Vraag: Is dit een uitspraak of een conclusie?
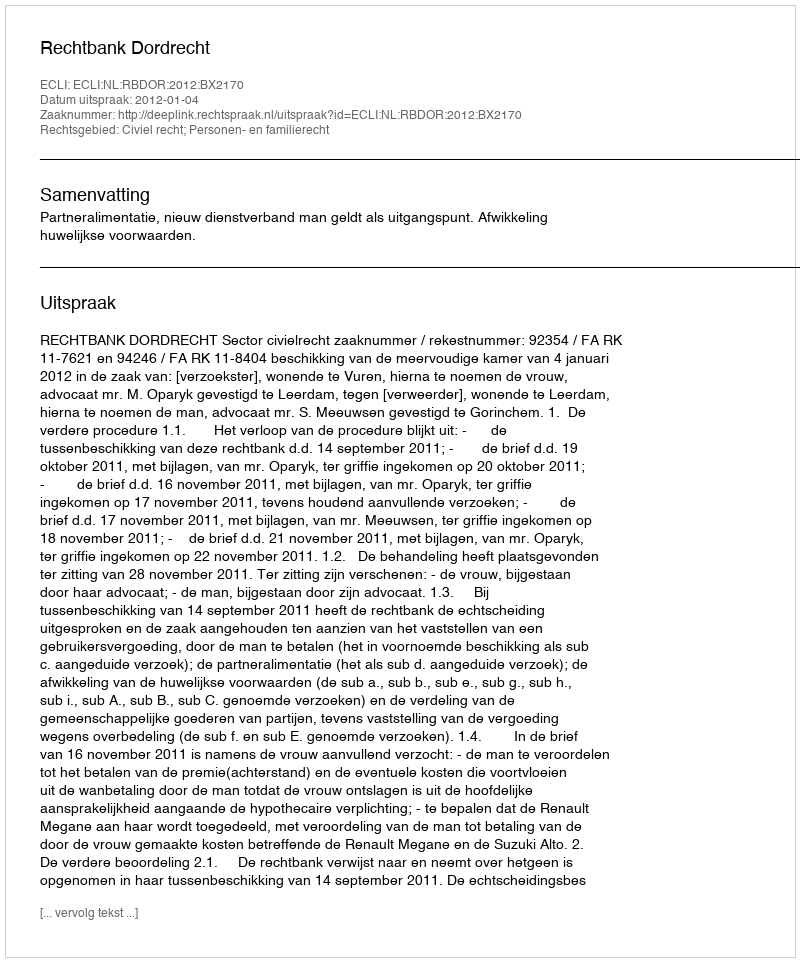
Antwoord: Uitspraak